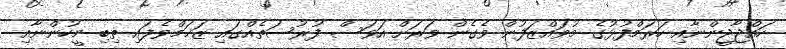
ހައްޖާޖީންނާއި ހަރަމްފުޅުގެ މުވައްޒަފުން ވެގެން ވަރަށް އަވަސް ފުރުސަތެއްގައި ޒަޚަމްވެފައި ތިބި މީހުންނާއި